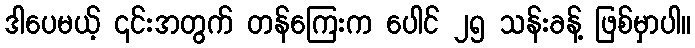
ဒါပေမယ့် ၎င်းအတွက် တန်ကြေးက ပေါင် ၂၅ သန်းခန့် ဖြစ်မှာပါ။